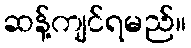
ဆန့်ကျင်ရမည်။